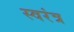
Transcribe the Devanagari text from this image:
स्वरंत्र